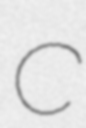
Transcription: C